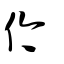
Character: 仱